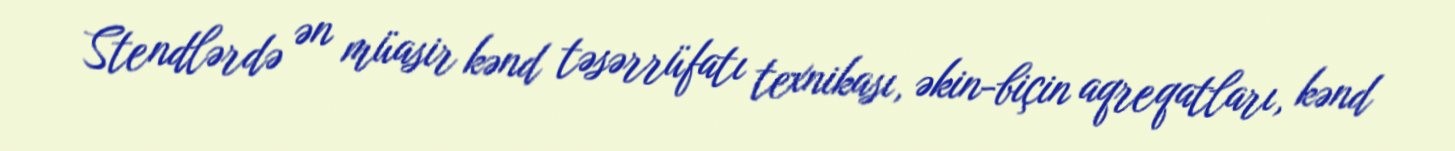
Stendlərdə ən müasir kənd təsərrüfatı texnikası, əkin-biçin aqreqatları, kənd